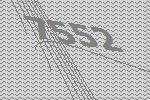
7552